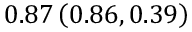
0 . 8 7 \left( 0 . 8 6 , 0 . 3 9 \right)